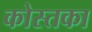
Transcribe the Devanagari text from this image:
कोस्तका